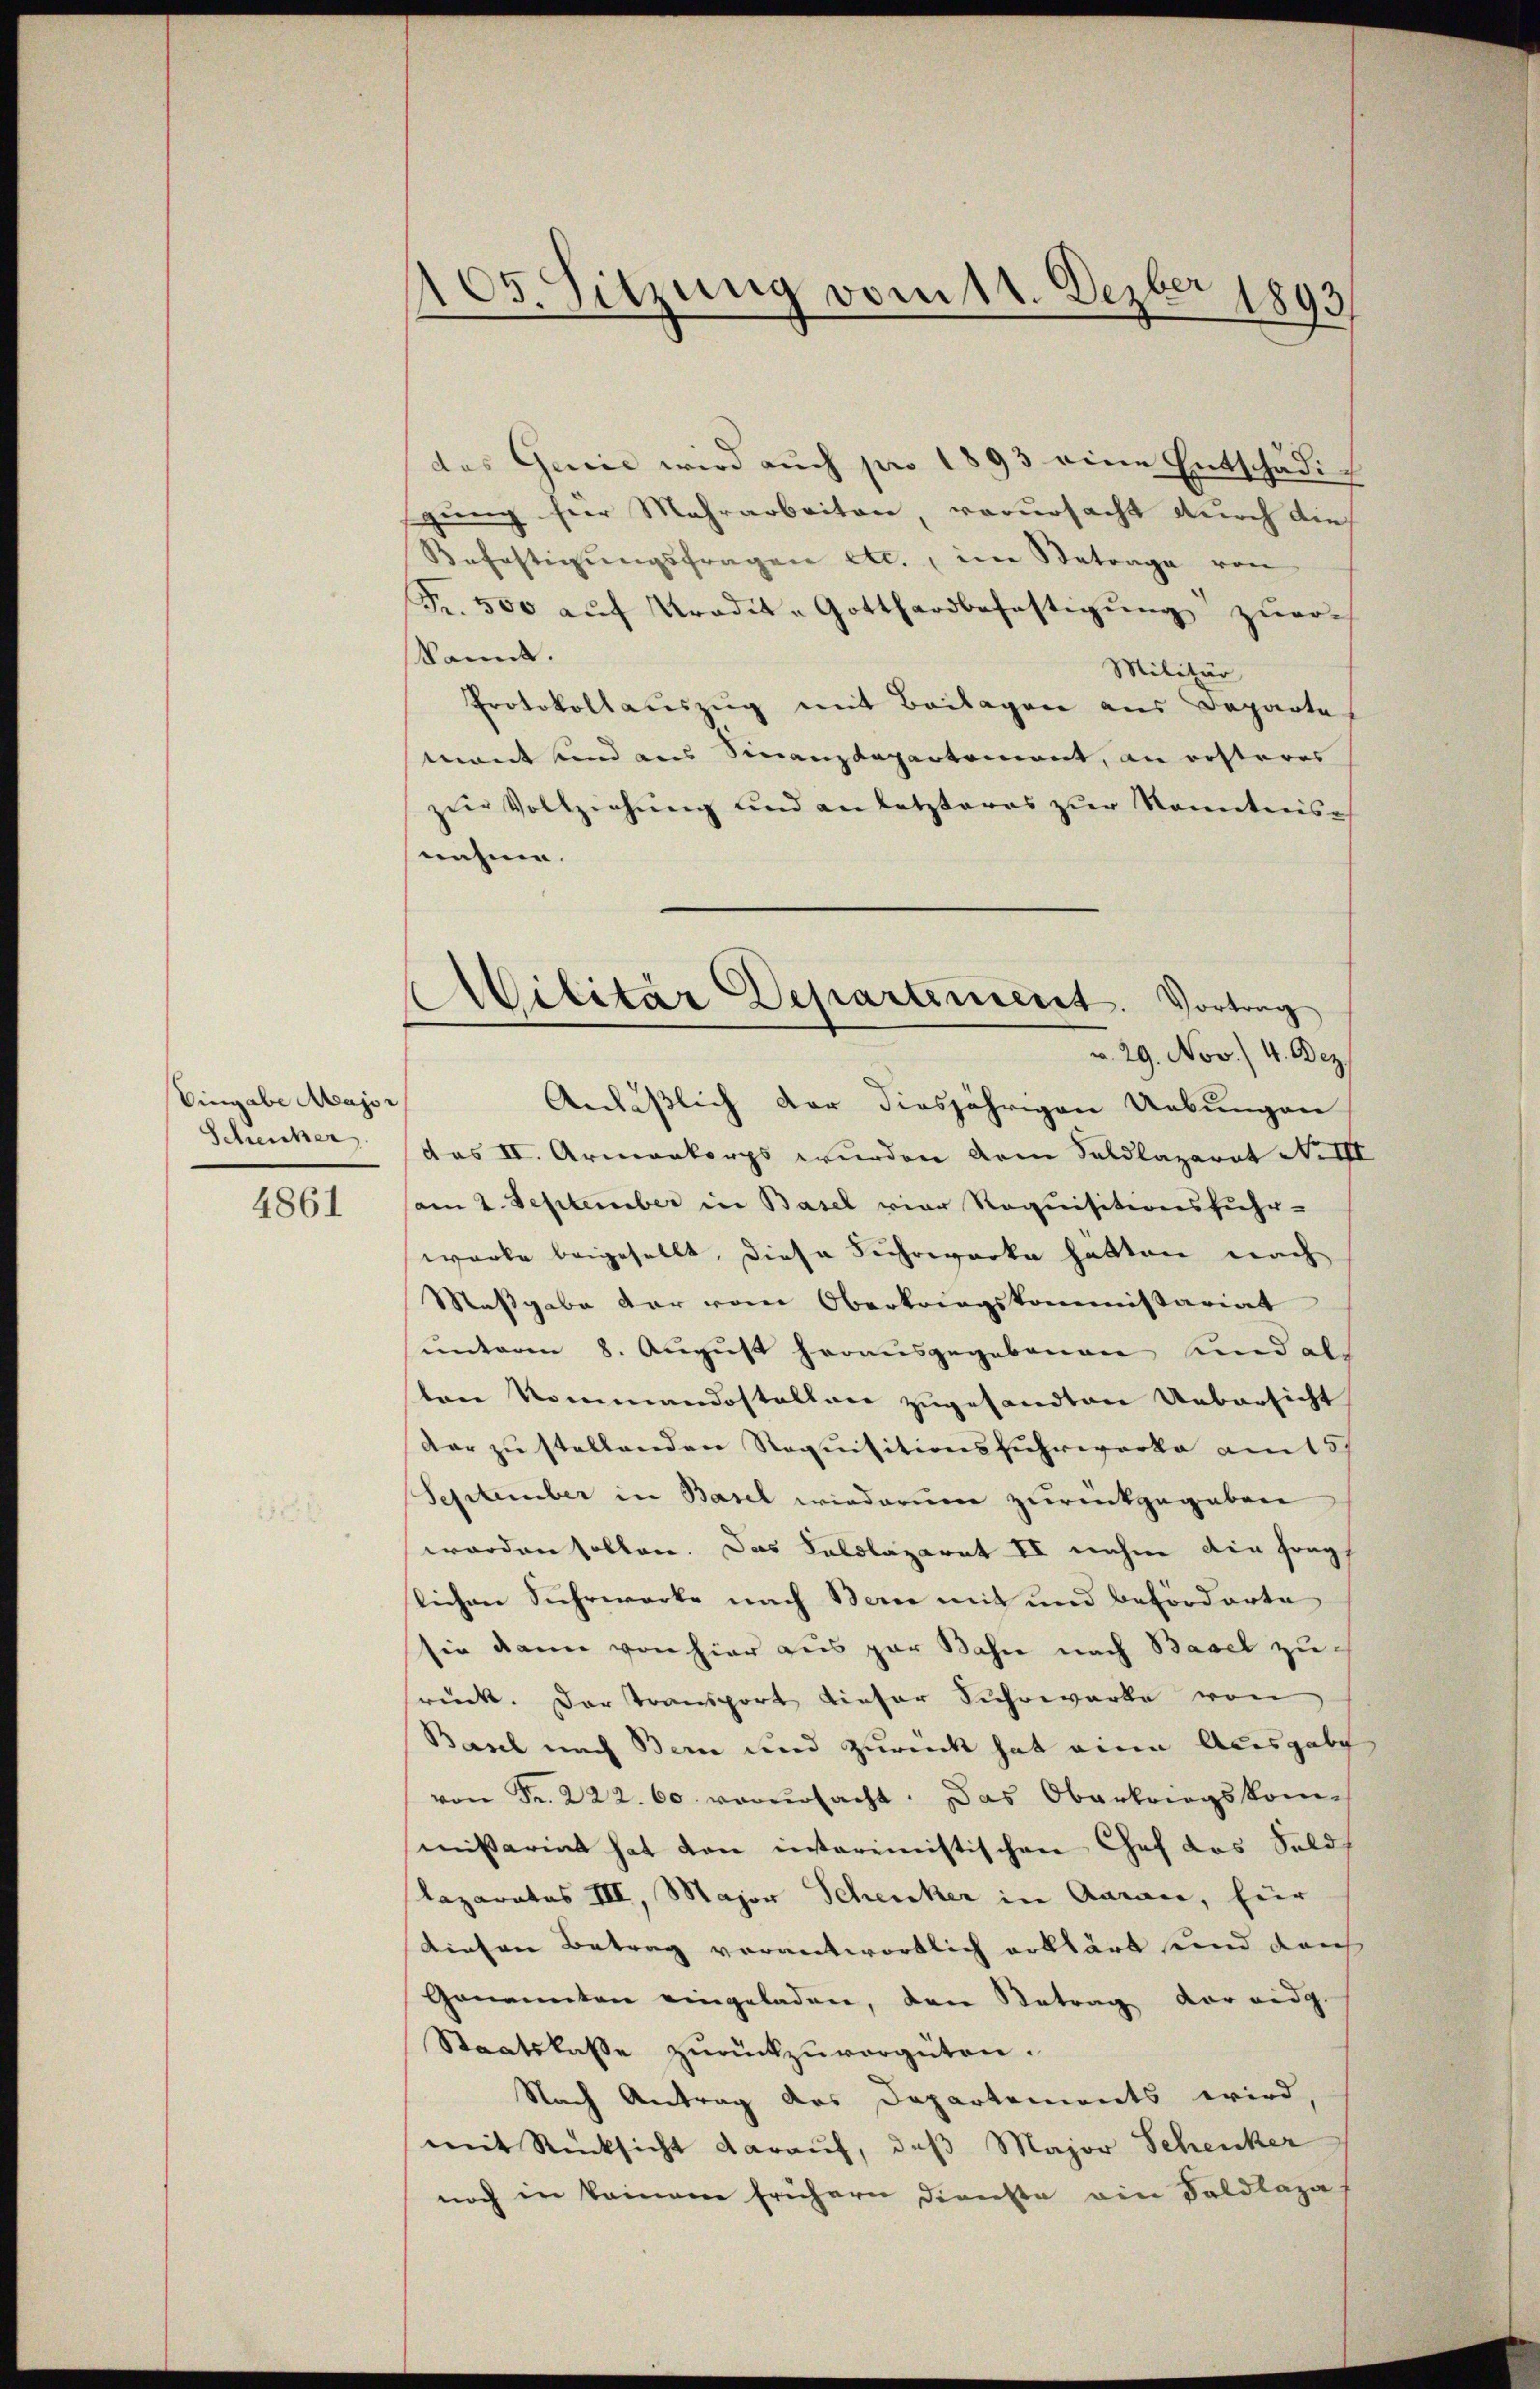
Eingabe Major
Scheicher

4861

05. Sitzung vom 11. Dezbr 1893

das Genie wird aŭch pro 1893 eine Entschädig
gung hier Mehrarbeiten, verursacht durch die
Befestierŭngsfragen etc., im Betrage von
Fr. 500 aŭf Pradit- Gotthardbahnstigŭng zurech
kannt.
Militär
Protokollauszug mit Beilagen aus Departe
mant sind aus Finanzdepartement, an ersteres
zur Vollziehung und an letzteres zur konntens
nahme.
Andäßlich der diesjährigen Uebungen
das II. Armenkorps wurden dem Saldlazarat No I
am 2. September in Basel vier Requisitionsfuhr-
warte beigesellt, diese Fuhrwerke hatten nach
Maßgabe der vom Oberkriegskommissariat
unterm 8. August herausgegebenen und als
ten Kommandostellen zugesandten Uebersicht
dar zŭ stellenden Requisitionsfuhrwerke am 15.
September in Basel wiederum zurückgegebene
worden sollen. Das Kaldlazaret II nahm die Frag
lichen Suhrwerke nach Berne mit und beförderte
sie dann von hier aus par Bahre nach Basel zurück. Der Transport dieser Fuhrwerke von
Basel nach Bern und zurück hat einen Acasgabe
von Fr. 222. 60 verŭrsacht. Das Oberkriegskom-
mißariat hat den interimistischen Chef das Sold
Kaparatus III, Major Schenker in Aarau, für
diesen Betrag verantwortlich erklärt und dans
Genannten eingeladen, den Betrag vor eidg.
Staatskasse zŭrückzuvergüten.
Nach Antrag des Departements wird,
mit Rücksicht darauf, daß Major Schenker
noch in keinem frühern dienste ein Faldlaza

Militär Departement. Vortrag
v. 29. Nov. 4. Bez.